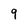
Character: 9